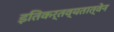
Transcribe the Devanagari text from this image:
इतिकर्तव्यतात्वेन